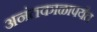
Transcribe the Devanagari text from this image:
अनंतकाळापर्यंत